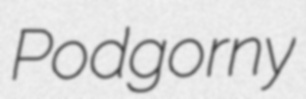
Podgorny